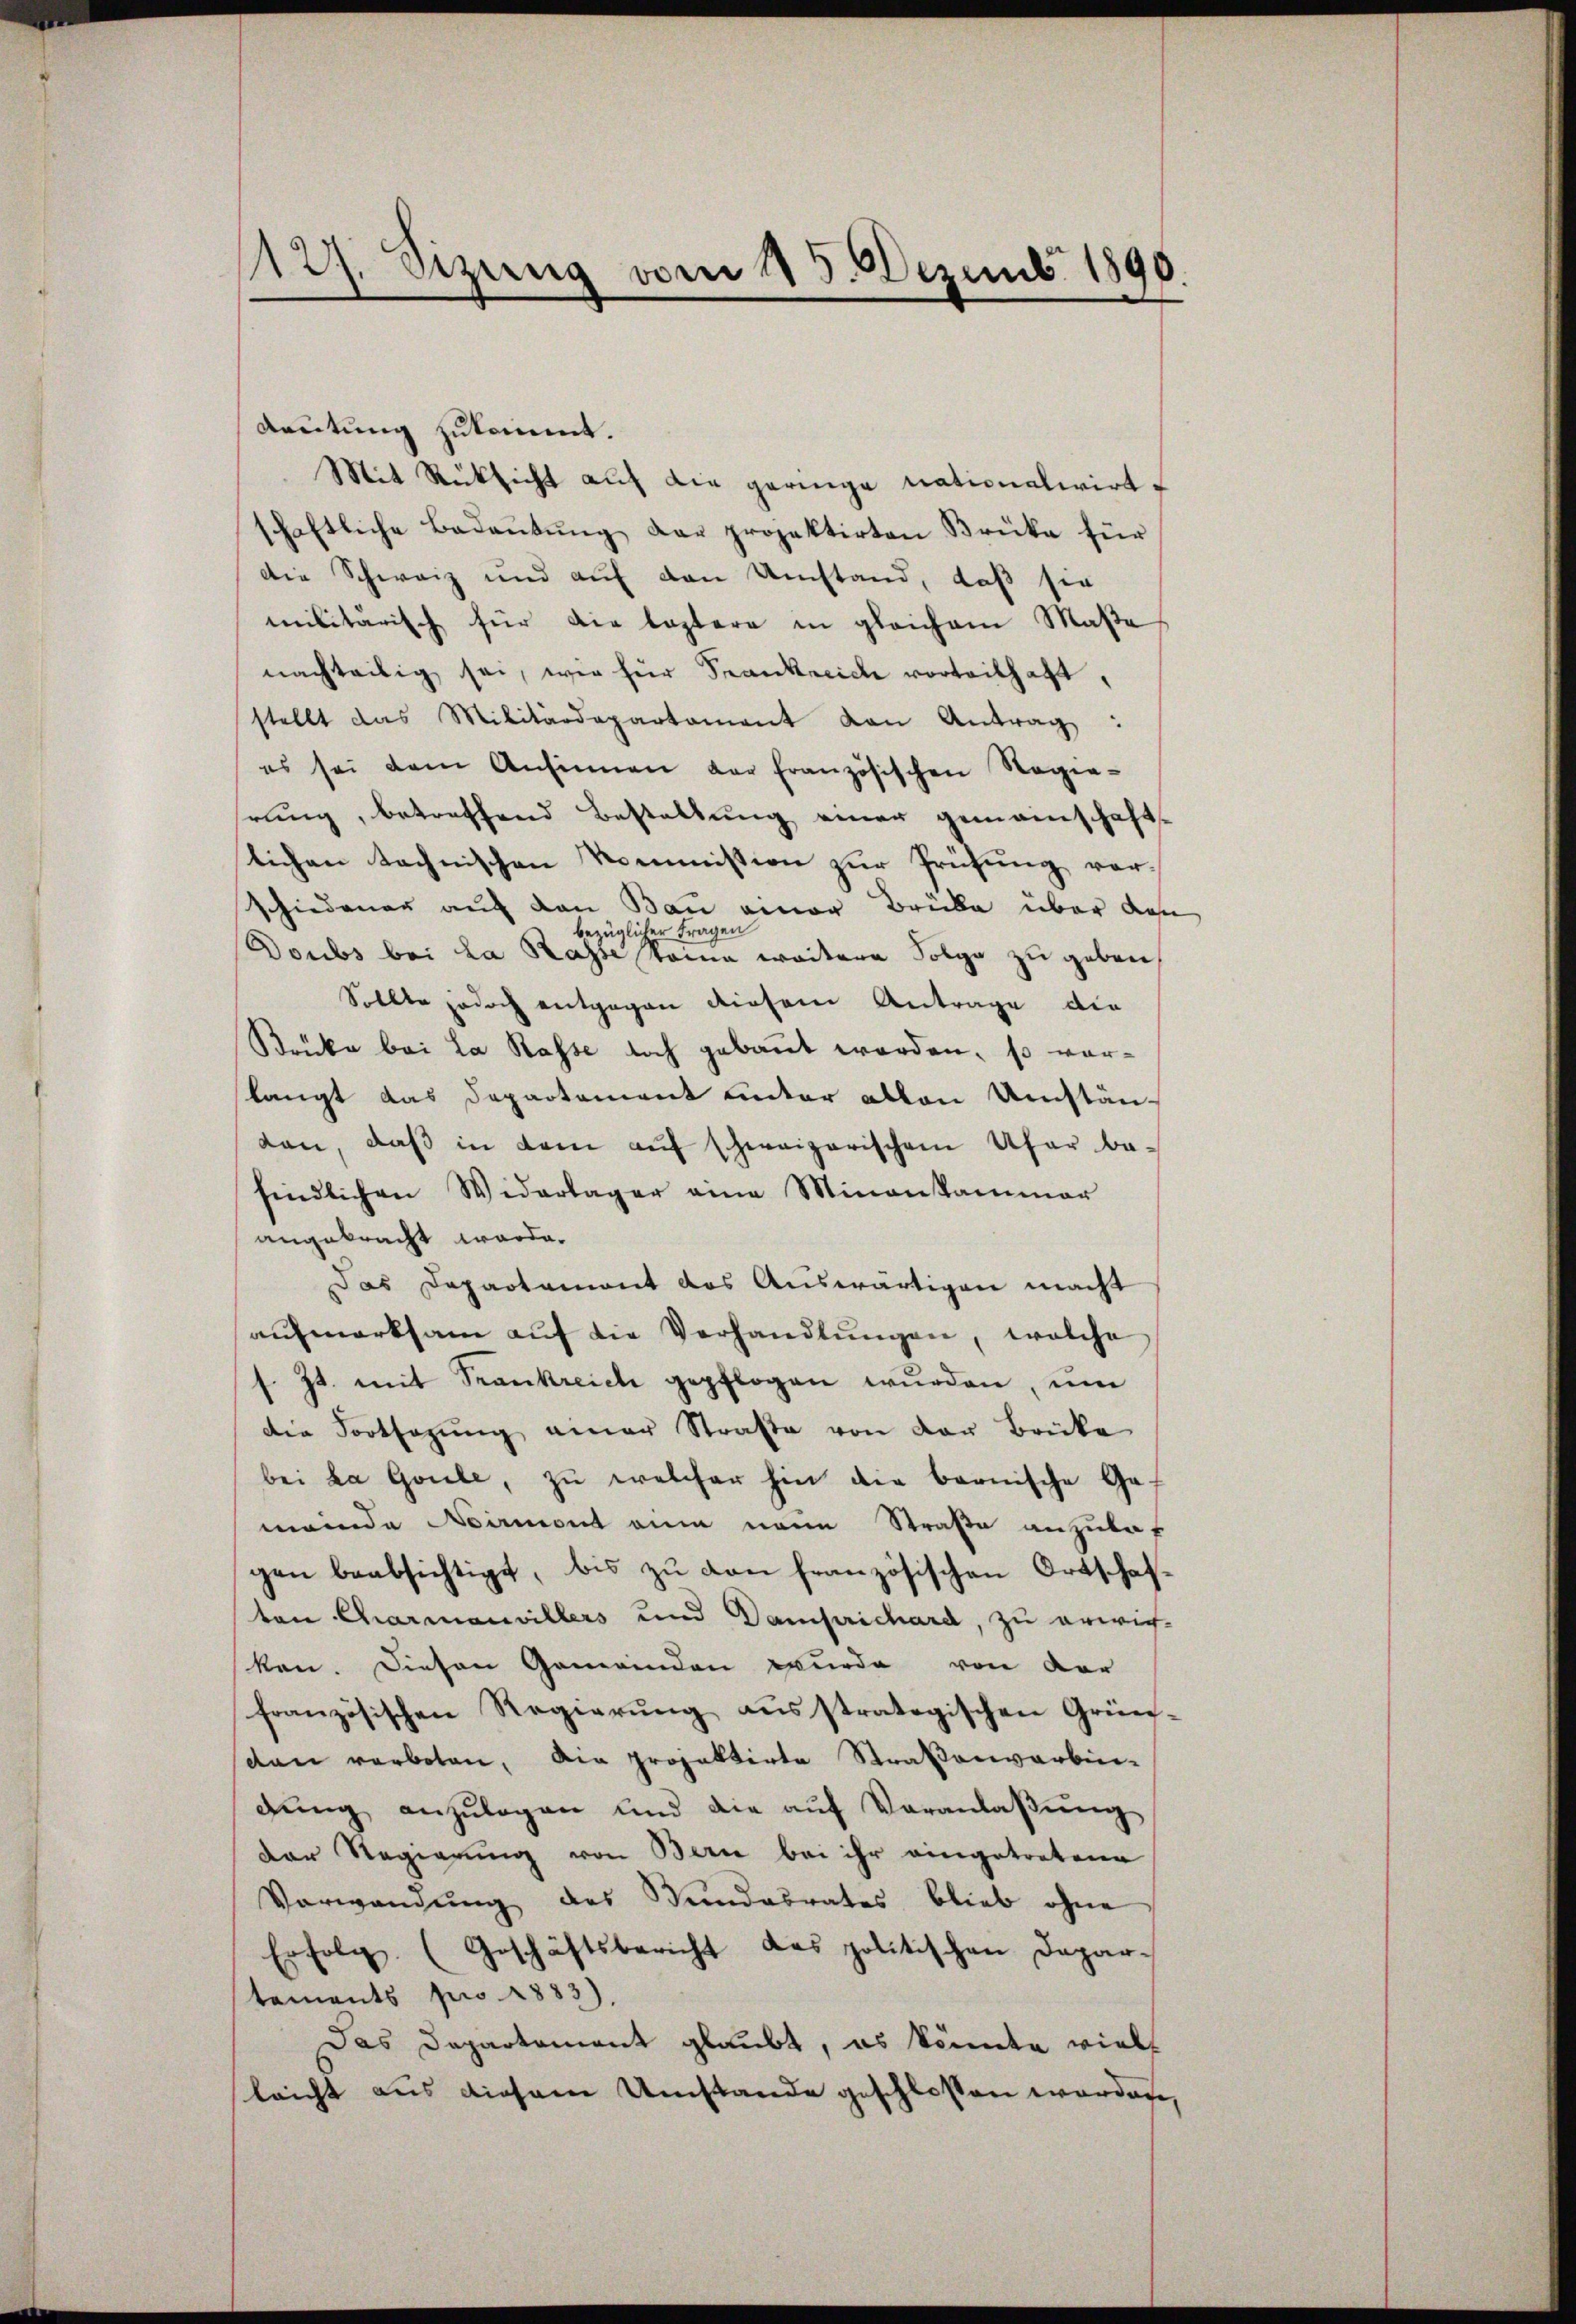
1127. Sizung vom 115. Dezemb. 1890.

Leitung zukommt.
Mit Rücksicht auf die geringe nationalwirt
schaftliche Bedaŭtŭng der projektirten Brüke für
die Schweiz und auf den Umstand, daß sie
militärisch für die leztere in gleichem Maße
nachteilig sei, wie für Frankreiche vorteilhaft,
stellt das Militärdepartament von Antrag:
es sei dem Ansinnen der französischen Regie-
rung, betreffend Bestellung einer gemeinschaft-
lichen technischen Kommission zur Prüfung vorschiedener auf den Bau einer Brüke über den
bezüglicher Fragen
Doubs bei La Rasse Steine weitere Folge zu geben,
Sollte jedoch entgegen diesem Antrage die
Brücke bei La Rasse doch gebaut werden, so vorlangt das Departement unter allen Umstän-
ten, daß in dem auf schweizerischem Ufer be-
findlichen Widerlager eine Minenkammer
angebracht werde.
Das Departemont das Auswärtigen macht
aŭfmerksam aŭf die Verhandlŭngen, welche
s. Zt. mit Trankreich gepflogen wurden, um
die Fortsegŭng einer Strafe von der Brüke
bei ha Goule, zu welcher hin die bernische Gemeinde Neirmont eine neue Straße anzulas
gen beabsichtigt, bis zu von französischen Ortschafton Charmanvillers und Dampichard, zu erwich-
ken. Diesen Gemeinden wurde von der
französischen Regierŭng aŭsstratogischen Grün-
dan verboten, die projektirte Straßenverbingŭng anzulegen und die aŭf Veranlaßung
der Regierung von Bern bei ihr eingetretene
Verwendung des Sundesrates blieb ohne
Erfolg. (Geschäftsbericht das politischen Depar-
tements pro 1883),
Das Departement glaubt, es könnte viel
leicht aus diesem Umstande geschlossen worden,